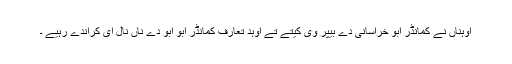
اوہناں نے کمانڈر ابو خراسانی دے بیپر وی کیتے تے اوہد تعارف کمانڈر ابو ابو دے ناں نال ای کراندے رہیے ۔